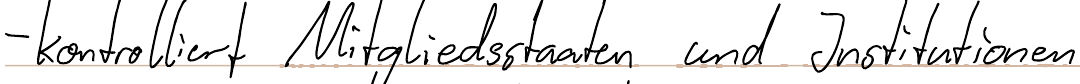
- kontrolliert Mitgliedsstaaten und Institutionen